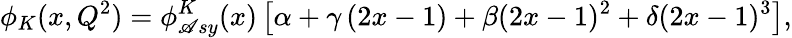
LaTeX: \phi_{K}(x,Q^{2})=\phi_{\mathscr{A}sy}^{K}(x)\left[\alpha+\gamma\left(2x-1\right)+\beta(2x-1)^{2}+\delta(2x-1)^{3}\right],